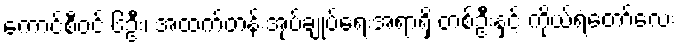
ကောင်စီဝင် ၆ဦး၊ အထက်တန်းအုပ်ချုပ်ရေးအရာရှိ တစ်ဦးနှင့် ကိုယ်ရံတော်လေး